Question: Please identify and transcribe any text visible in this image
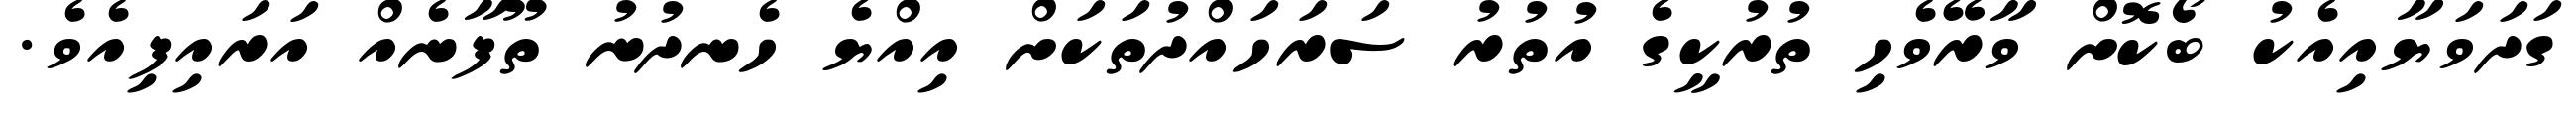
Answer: ގަދަވަޔާއިއެކު ބޯކޮށް ވާރޭވެހި ތުރުކީގެ އުތުރު ސަރަހައްދުތަކަށް އިއްޔެ ހެނދުނު ތޫފާނެއް އަރައިފިއެވެ.